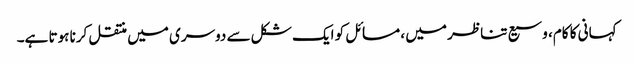
کہانی کا کام، وسیع تناظر میں ، مسائل کو ایک شکل سے دوسری میں منتقل کرنا ہوتا ہے۔